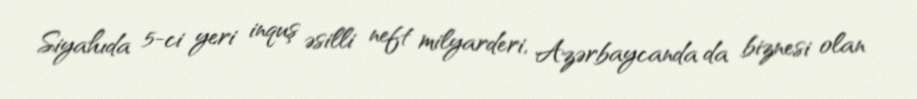
Siyahıda 5-ci yeri inquş əsilli neft milyarderi, Azərbaycanda da biznesi olan